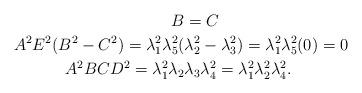
LaTeX: \begin{align*}B&=C\\A^2E^2(B^2-C^2)=\lambda_1^2\lambda_5^2(&\lambda_2^2-\lambda_3^2)=\lambda_1^2\lambda_5^2(0)=0\\A^2BCD^2=\lambda_1^2\lambda_2&\lambda_3\lambda_4^2=\lambda_1^2\lambda_2^2\lambda_4^2.\end{align*}